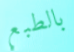
بالطبع